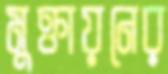
মুক্তায়নের